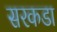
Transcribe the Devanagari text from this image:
सरकडा